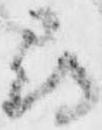
尋